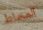
المخاط